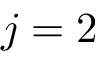
j = 2